Indian journal of veterinary science and animal husbandry - Volumes 15-17, 1948-1951
Year: 1948
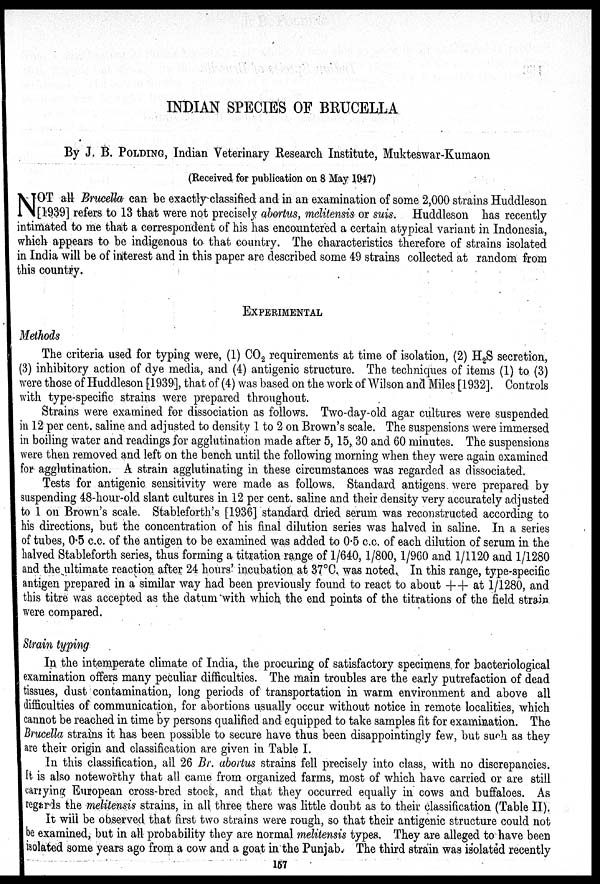
INDIAN SPECIES OF BRUCELLA
By J. B. POLDING, Indian Veterinary Research Institute, Mukteswar-Kumaon
(Received for publication on 8 May 1947)
N OT all Brucella can be exactly classified and in an examination of some 2,000 strains Huddleson
[1939] refers to 13 that were not precisely abortus, melitensis or suis. Huddleson has recently
intimated to me that a correspondent of his has encountered a certain atypical variant in Indonesia,
which appears to be indigenous to that country. The characteristics therefore of strains isolated
in India will be of interest and in this paper are described some 49 strains collected at random from
this country.
EXPERIMENTAL
Methods
The criteria used for typing were, (1) CO 2 requirements at time of isolation, (2) H 2 S secretion,
(3) inhibitory action of dye media, and (4) antigenic structure. The techniques of items (1) to (3)
were those of Huddleson [1939], that of (4) was based on the work of Wilson and Miles [1932]. Controls
with type-specific strains were prepared throughout.
Strains were examined for dissociation as follows. Two-day-old agar cultures were suspended
in 12 per cent. saline and adjusted to density 1 to 2 on Brown's scale. The suspensions were immersed
in boiling water and readings for agglutination made after 5, 15, 30 and 60 minutes. The suspensions
were then removed and left on the bench until the following morning when they were again examined
for agglutination. A strain agglutinating in these circumstances was regarded as dissociated.
Tests for antigenic sensitivity were made as follows. Standard antigens were prepared by
suspending 48-hour-old slant cultures in 12 per cent. saline and their density very accurately adjusted
to 1 on Brown's scale. Stableforth's [1936] standard dried serum was reconstructed according to
his directions, but the concentration of his final dilution series was halved in saline. In a series
of tubes, 0.5 c.c. of the antigen to be examined was added to 0.5 c.c. of each dilution of serum in the
halved Stableforth series, thus forming a titration range of 1/640, 1/800, 1/960 and 1/1120 and 1/1280
and the ultimate reaction after 24 hours' incubation at 37°C. was noted. In this range, type-specific
antigen prepared in a similar way had been previously found to react to about +
+
at 1/1280, and
this titre was accepted as the datum with which the end points of the titrations of the field strain
were compared.
Strain typing
In the intemperate climate of India, the procuring of satisfactory specimens for bacteriological
examination offers many peculiar difficulties. The main troubles are the early putrefaction of dead
tissues, dust contamination, long periods of transportation in warm environment and above all
difficulties of communication, for abortions usually occur without notice in remote localities, which
cannot be reached in time by persons qualified and equipped to take samples fit for examination. The
Brucella strains it has been possible to secure have thus been disappointingly few, but such as they
are their origin and classification are given in Table I.
In this classification, all 26 Br. abortus strains fell precisely into class, with no discrepancies.
It is also noteworthy that all came from organized farms, most of which have carried or are still
carrying European cross-bred stock, and that they occurred equally in cows and buffaloes. As
regards the melitensis strains, in all three there was little doubt as to their classification (Table II).
It will be observed that first two strains were rough, so that their antigenic structure could not
be examined, but in all probability they are normal melitensis types. They are alleged to have been
isolated some years ago from a cow and a goat in the Punjab. The third strain was isolated recently
157